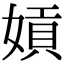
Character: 𡟫